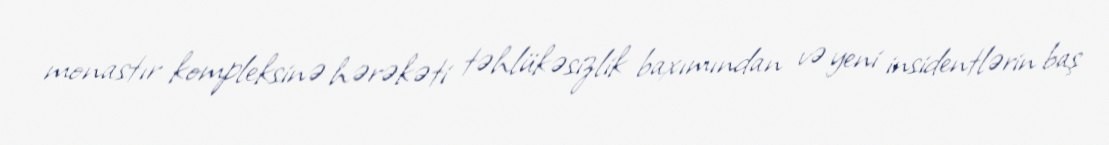
monastır kompleksinə hərəkəti təhlükəsizlik baxımından və yeni insidentlərin baş